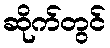
ဆိုက်တွင်